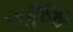
ગજાિિ